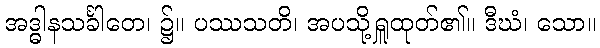
အဒ္ဓါနသင်္ခါတေ၊ ၌။ ပဿသတိ၊ အပသို့ရှူထုတ်၏။ ဒီဃံ၊ သော။